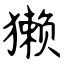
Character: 獭